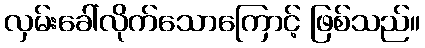
လှမ်းခေါ်လိုက်သောကြောင့် ဖြစ်သည်။